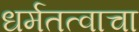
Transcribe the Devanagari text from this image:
धर्मतत्वाचा